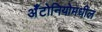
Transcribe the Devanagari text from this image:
अँटोनियोमधील